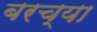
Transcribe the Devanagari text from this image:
बरच्या